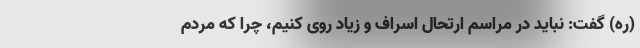
(ره) گفت: نباید در مراسم ارتحال اسراف و زیاد روی کنیم، چرا که مردم